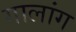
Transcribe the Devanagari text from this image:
गालांग